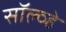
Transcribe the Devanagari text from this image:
सॉल्व्हे